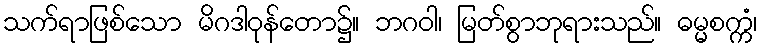
သက်ရာဖြစ်သော မိဂဒါဝုန်တော၌။ ဘဂဝါ၊ မြတ်စွာဘုရားသည်။ ဓမ္မစက္ကံ၊